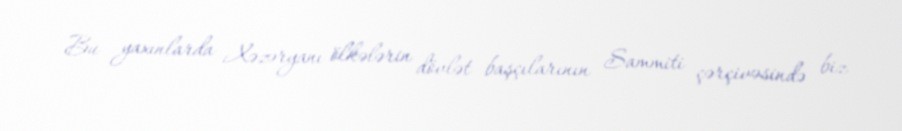
Bu yaxınlarda Xəzəryanı ölkələrin dövlət başçılarının Sammiti çərçivəsində biz